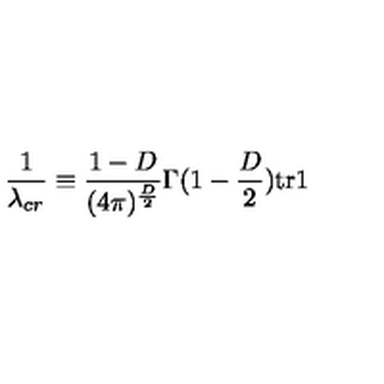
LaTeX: \frac { 1 } { \lambda _ { c r } } \equiv \frac { 1 - D } { ( 4 \pi ) ^ { \frac { D } { 2 } } } \Gamma ( 1 - \frac { D } { 2 } ) \mathrm { t r } \mathrm { \boldmath 1 }